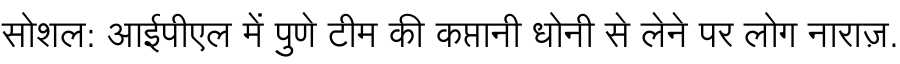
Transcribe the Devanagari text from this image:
सोशल: आईपीएल में पुणे टीम की कप्तानी धोनी से लेने पर लोग नाराज़.